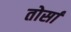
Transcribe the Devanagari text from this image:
तोर्सा